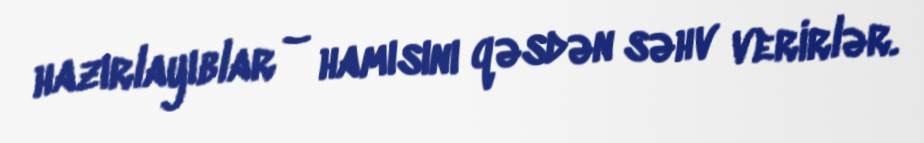
hazırlayıblar – hamısını qəsdən səhv verirlər.